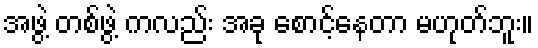
အဖွဲ့ တစ်ဖွဲ့ ကလည်း အခု စောင့်နေတာ မဟုတ်ဘူး။